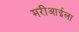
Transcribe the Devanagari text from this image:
मरीआईला